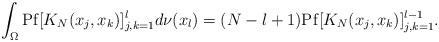
LaTeX: \begin{align*} \int_{\Omega} \mathrm{Pf}[K_{N}(x_{j}, x_{k})]_{ j, k=1}^{l} d\nu(x_{l}) &= (N - l +1) \mathrm{Pf}[K_{N}(x_{j}, x_{k})]_{ j, k=1}^{l-1}. \end{align*}